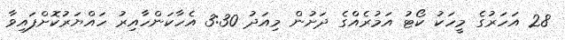
28 އަހަރުގެ މީހަކު ކޯޓު އަމުރެއްގެ ދަށުން މިއަދު 3:30 އެހާކަންހާއިރު ހައްޔަރުކޮށްފައިވާ